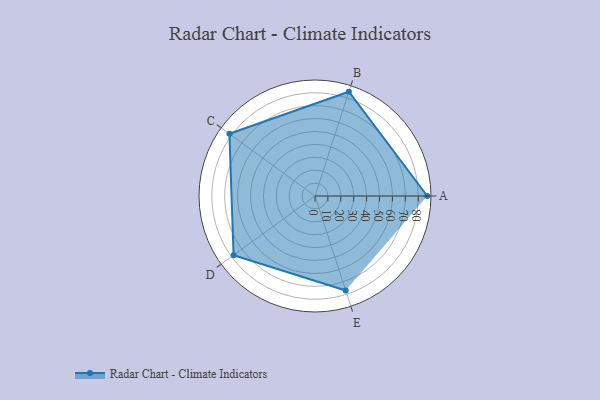
{"axis": {"x": "Skill", "y": "Score"}, "legend": ["Profile"], "data": [{"x": "A", "y": 87.0, "type": "Profile"}, {"x": "B", "y": 85.0, "type": "Profile"}, {"x": "C", "y": 82.0, "type": "Profile"}, {"x": "D", "y": 78.0, "type": "Profile"}, {"x": "E", "y": 77.0, "type": "Profile"}]}